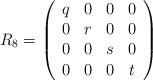
LaTeX: \begin{align*}R_{8}=\left( \begin{array}{cccc}q&0&0&0\\0&r&0&0\\0&0&s&0\\0&0&0&t \end{array}\right)\end{align*}